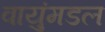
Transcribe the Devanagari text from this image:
वायुंमडल